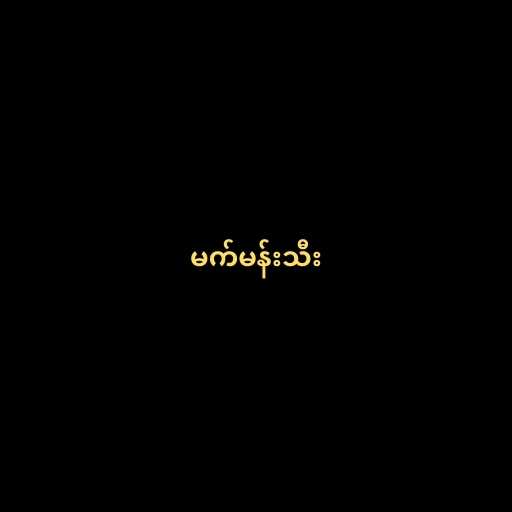
မက်မန်းသီး